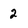
Character: 2